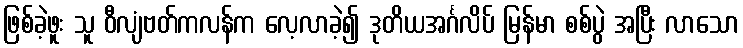
ဖြစ်ခဲ့ဖူး သူ ဝီလျံဗတ်ကလန်က လေ့လာခဲ့၍ ဒုတိယအင်္ဂလိပ် မြန်မာ စစ်ပွဲ အပြီး လာသော